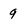
Character: 9